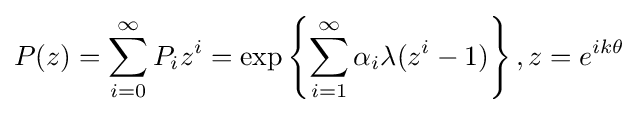
P(z)=\sum \limits _{i=0}^{\infty }P_{i}z^{i}=\exp \left\{\sum \limits _{i=1}^{\infty }\alpha _{i}\lambda (z^{i}-1)\right\},z=e^{ik\theta }